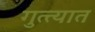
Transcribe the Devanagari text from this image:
गुत्त्यात